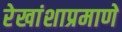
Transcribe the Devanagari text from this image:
रेखांशाप्रमाणे